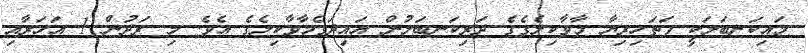
މައިކަނބަލަކީ ފަތަހިރިޔާ މާވާކިލެގެގެ ދަރިކަނބަލުން އައިދަގެމާވާކިލެގެ އެވެ. މި ރަދުން 1 އަހަރާއި